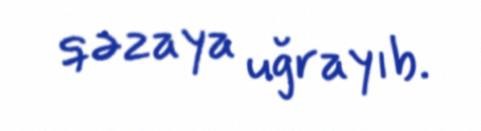
qəzaya uğrayıb.